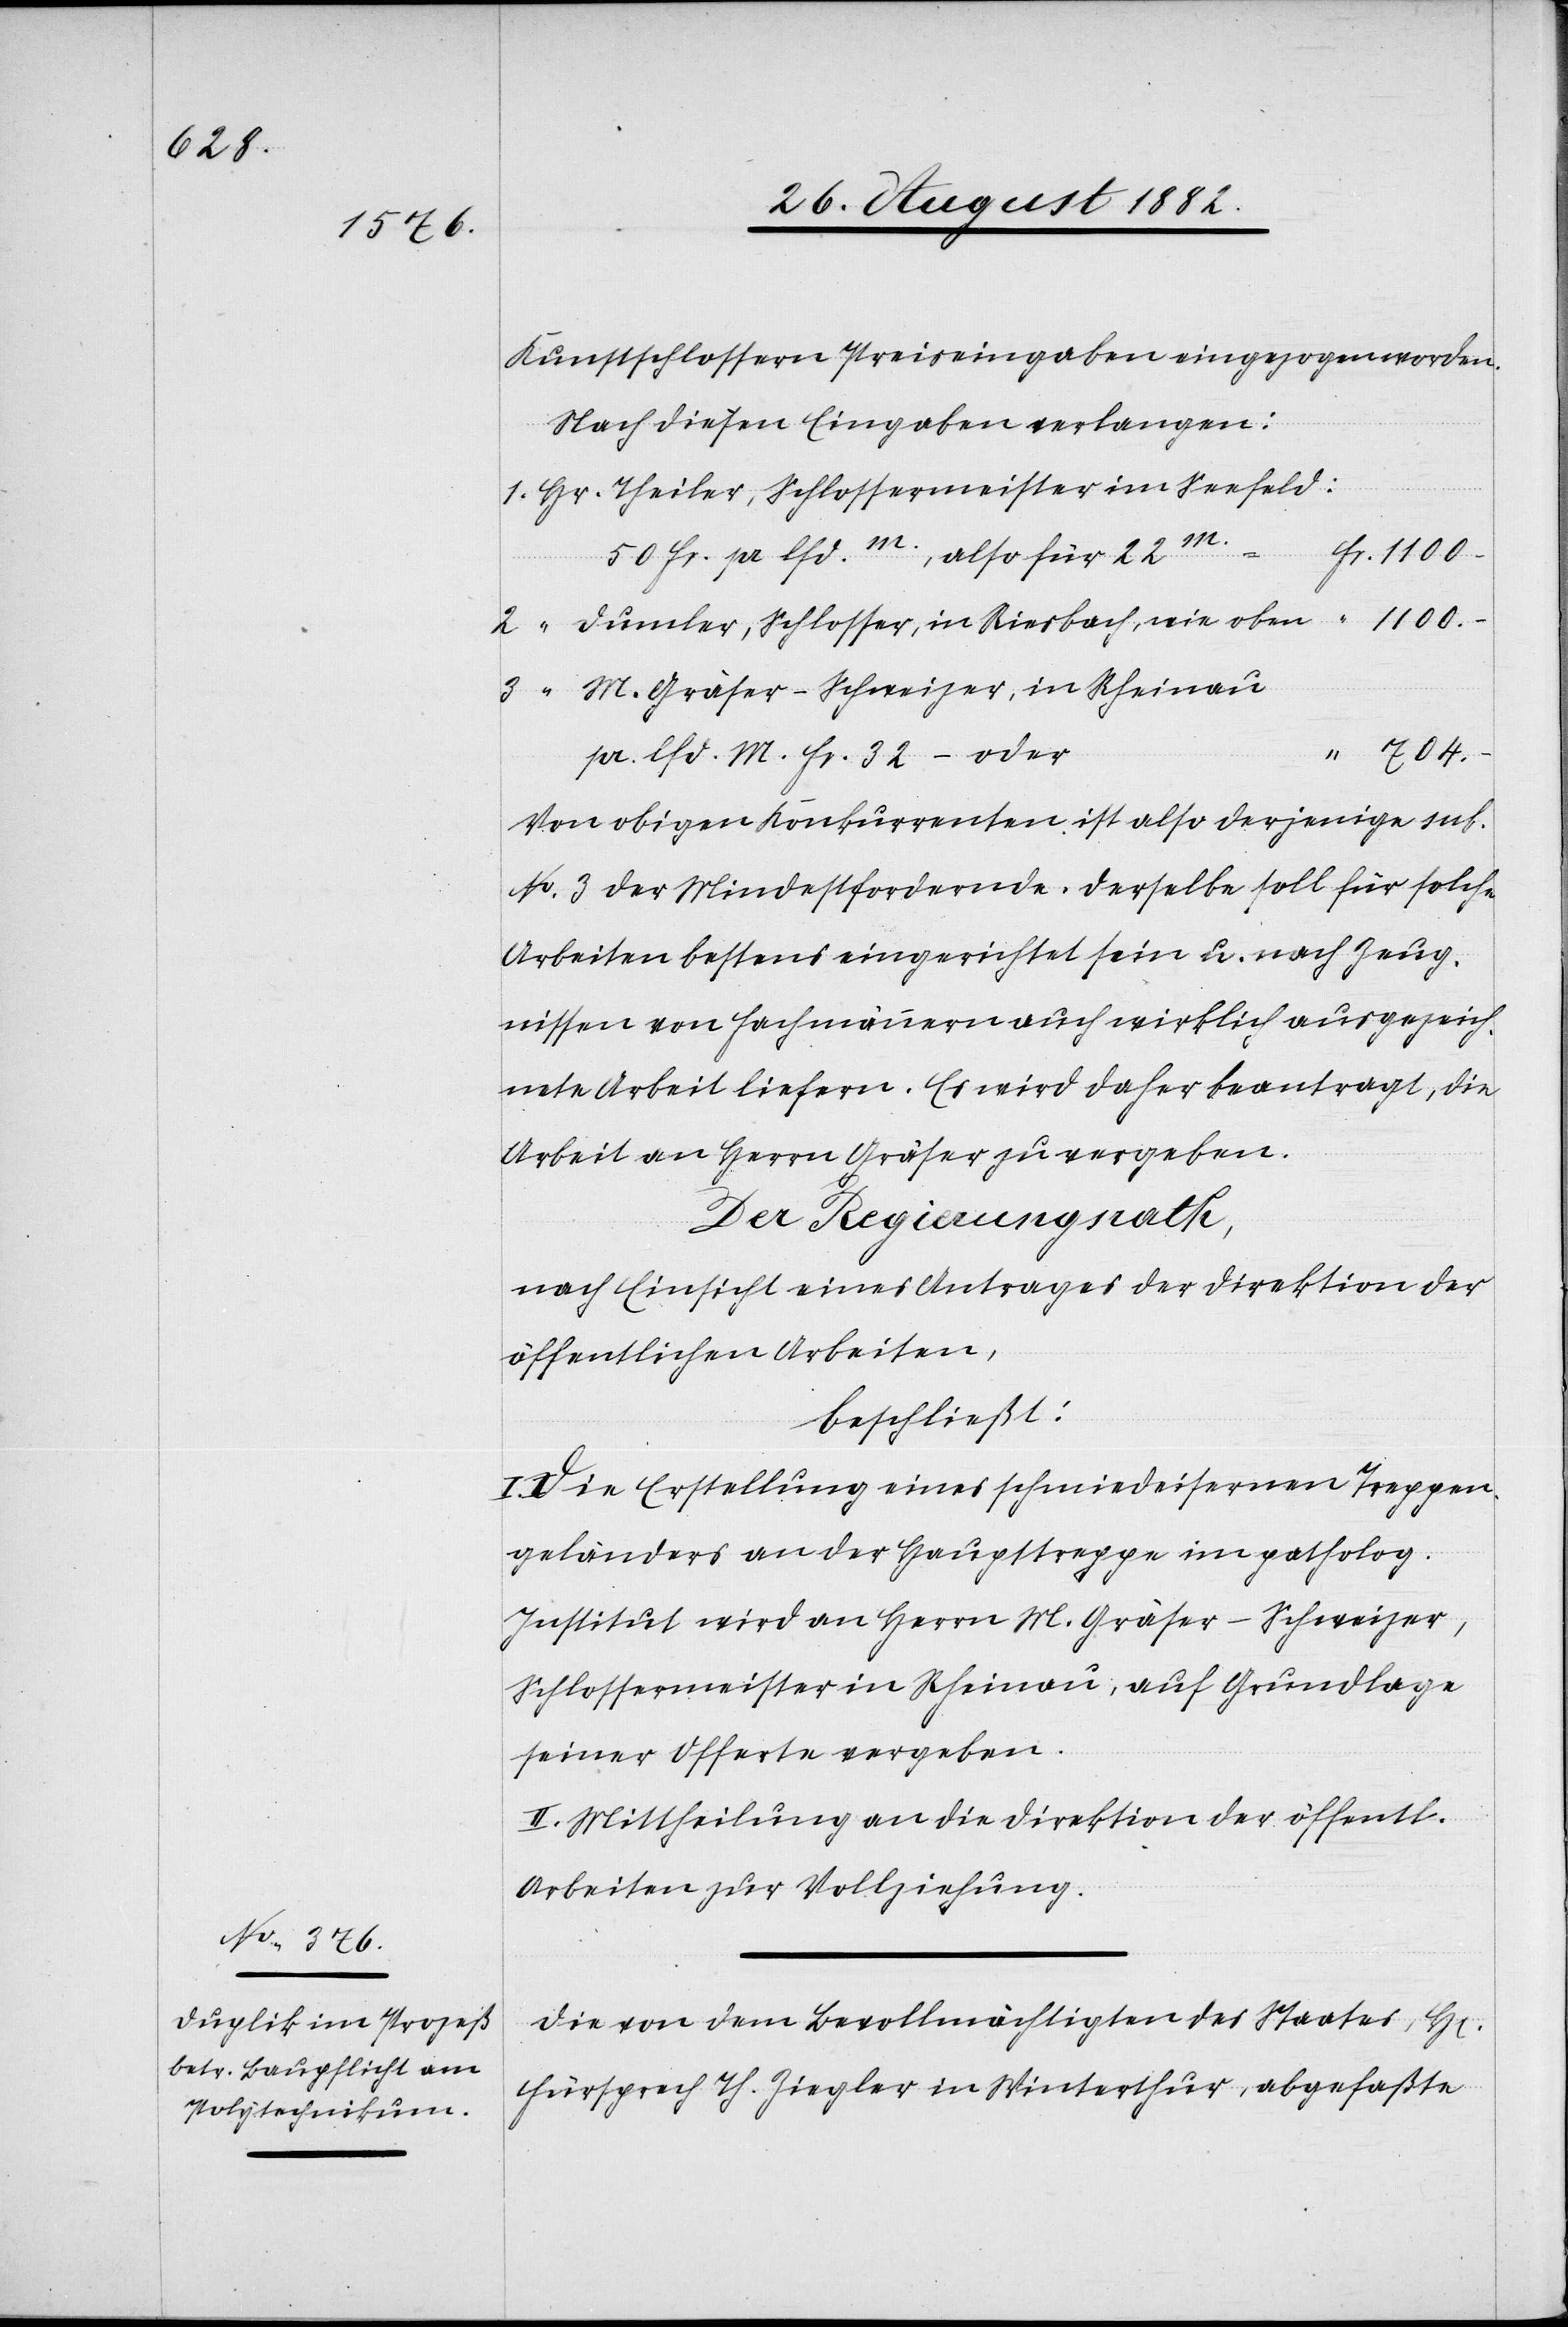
Kunstschlossern Preiseingaben eingezogen worden.
Nach diesen Eingaben verlangen:
Theiler, Schlossermeister im Seefeld:
50 Fr. pr lfd.m., also für 22m.
Dumler, Schlosser, in Riesbach, wie oben
M. Gräser-Schweizer, in Rheinau
pr. lfd. M. Fr. 32 – oder
Von obigen Konkurrenten ist also derjenige sub.
No 3 der Mindestfordernde. Derselbe soll für solche
Arbeiten bestens eingerichtet sein u. nach Zeug¬
nissen von Fachmännern auch wirklich ausgezeich¬
nete Arbeit liefern. Es wird daher beantragt, die
Arbeit an Herrn Gräser zu vergeben.
Der Regierungsrath,
nach Einsicht eines Antrages der Direktion der
öffentlichen Arbeiten,
beschließt:
Die Erstellung eines schmiedeisernen Treppen¬
geländers an der Haupttreppe im patholog.
Institut wird an Herrn M. Gräser-Schweizer,
Schlossermeister in Rheinau auf Grundlage
seiner Offerte vergeben.
II. Mittheilung an die Direktion der öffentl.
Arbeiten zur Vollziehung.
Die von dem Bevollmächtigten des Staates, H[erren]
Fürsprech Th. Ziegler in Winterthur, abgefaßte